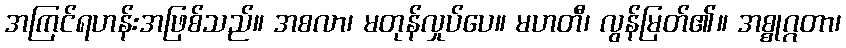
အကြင်ရဟန်းအဖြစ်သည်။ အစလာ၊ မတုန်လှုပ်ပေ။ မဟတီ၊ လွန်မြတ်၏။ အစ္စုဂ္ဂတာ၊